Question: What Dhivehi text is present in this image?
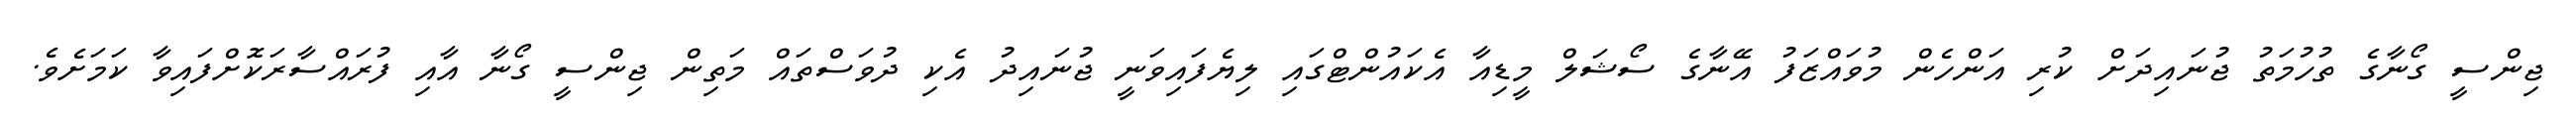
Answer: ޖިންސީ ގޯނާގެ ތުހުމަތު ޖުނައިދަށް ކުރި އަންހެން މުވައްޒަފު އޭނާގެ ސޯޝަލް މީޑިއާ އެކައުންޓްގައި ލިޔެފައިވަނީ ޖުނައިދު އެކި ދުވަސްތައް މަތިން ޖިންސީ ގޯނާ އާއި ފުރައްސާރަކޮށްފައިވާ ކަމަށެވެ.